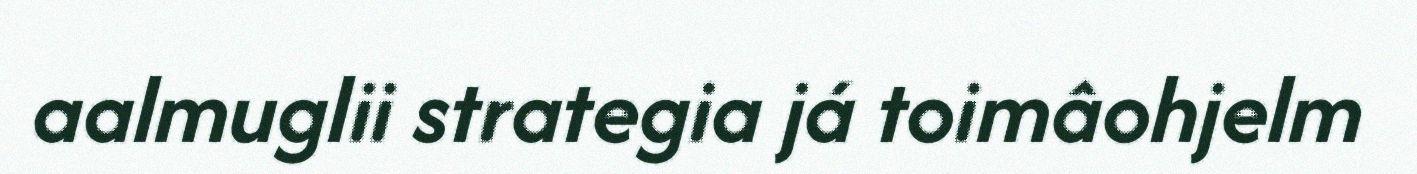
aalmuglii strategia já toimâohjelm